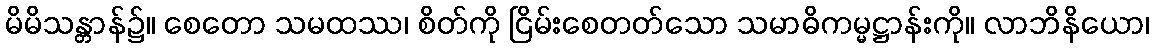
မိမိသန္တာန်၌။ စေတော သမထဿ၊ စိတ်ကို ငြိမ်းစေတတ်သော သမာဓိကမ္မဋ္ဌာန်းကို။ လာဘိနိယော၊